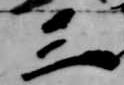
三